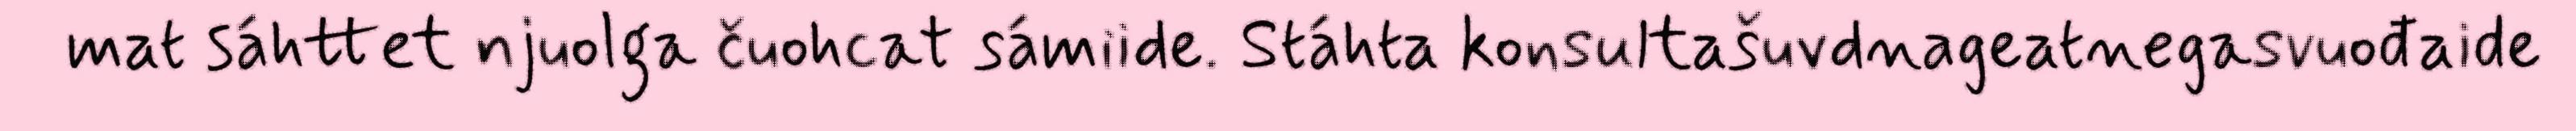
mat sáhttet njuolga čuohcat sámiide. Stáhta konsultašuvdnageatnegasvuođaide